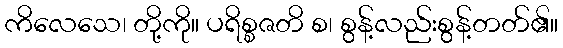
ကိလေသေ၊ တို့ကို။ ပရိစ္စဇတိ စ၊ စွန့်လည်းစွန့်တတ်၏။